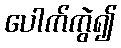
ပေါက်ကွဲ၍